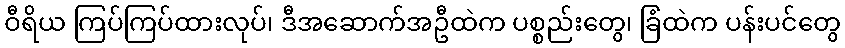
ဝီရိယ ကြပ်ကြပ်ထားလုပ်၊ ဒီအဆောက်အဦထဲက ပစ္စည်းတွေ၊ ခြံထဲက ပန်းပင်တွေ